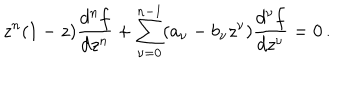
z ^ { n } ( 1 - z ) \frac { d ^ { n } f } { d z ^ { n } } + \sum _ { \nu = 0 } ^ { n - 1 } ( a _ { \nu } - b _ { \nu } z ^ { \nu } ) \frac { d ^ { \nu } f } { d z ^ { \nu } } = 0 \, .